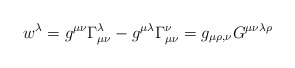
\begin{align*}w^\lambda =g^{\mu \nu }\Gamma _{\mu \nu }^\lambda -g^{\mu \lambda }\Gamma_{\mu \nu }^\nu =g_{\mu \rho ,\nu }G^{\mu \nu \lambda \rho }\end{align*}